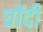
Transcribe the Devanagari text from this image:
चोंदी